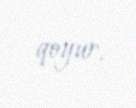
qoyur.